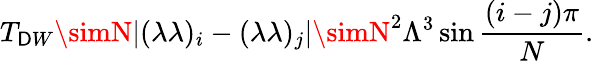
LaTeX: T_{\mathsf{D}W}\simN|(\lambda\lambda)_{i}-(\lambda\lambda)_{j}|\simN^{2}\Lambda^{3}\sin{{\frac{{(i-j)\pi}}{{N}}}}.